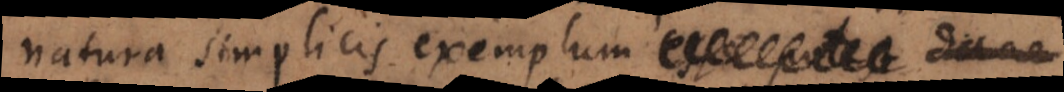
natura simplicis exemplum